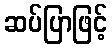
ဆပ်ပြာဖြင့်